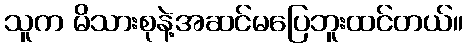
သူက မိသားစုနဲ့အဆင်မပြေဘူးထင်တယ်။